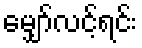
မျှော်လင့်ရင်း